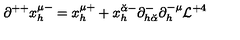
\partial ^ { + + } x _ { h } ^ { \mu - } = x _ { h } ^ { \mu + } + x _ { h } ^ { { \breve { \alpha } } - } \partial _ { h { \breve { \alpha } } } ^ { - } \partial _ { h } ^ { - \mu } { \cal L } ^ { + 4 }